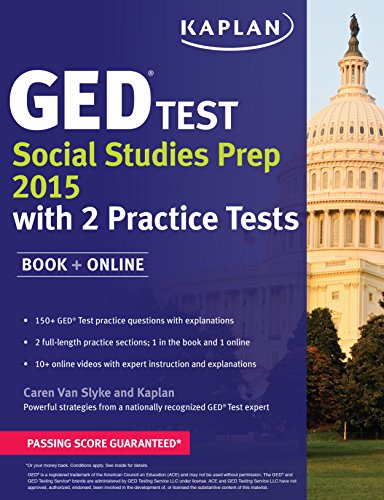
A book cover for Kaplan GED Test Social Studies Prep 2015: Book + Online (Kaplan Test Prep); Caren Van Slyke; Test Preparation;